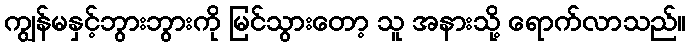
ကျွန်မနှင့်ဘွားဘွားကို မြင်သွားတော့ သူ အနားသို့ ရောက်လာသည်။